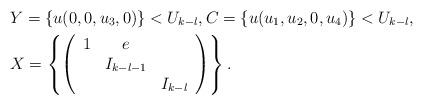
LaTeX: \begin{align*}&Y=\{u(0,0,u_3,0)\}<U_{k-l},C=\{u(u_1,u_2,0,u_4)\}<U_{k-l}, \\&X=\left\{\left(\begin{array}{ccc}1&e\\&I_{k-l-1}\\&&I_{k-l}\end{array}\right)\right\}.\end{align*}